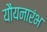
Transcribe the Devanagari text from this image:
यौयनारंभ